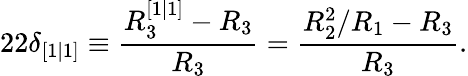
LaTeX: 22\delta_{[1|1]}\equiv\frac{R_{3}^{[1|1]}-R_{3}}{R_{3}}=\frac{R_{2}^{2}/R_{1}-R_{3}}{R_{3}}.